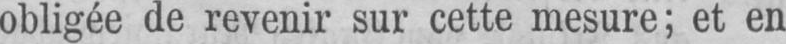
obligée de revenir sur cette mesure; et en